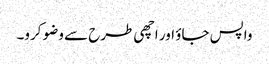
واپس جاؤ اور اچھی طرح سے وضو کرو۔